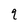
Character: q